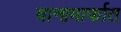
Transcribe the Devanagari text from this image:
यानामार्फात